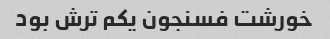
خورشت فسنجون یکم ترش بود